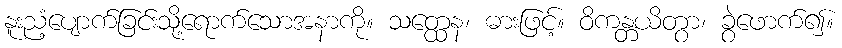
နူးညံ့ပျောက်ခြင်းသို့ရောက်သောအနာကို။ သတ္ထေန၊ ဓားဖြင့်။ ဝိကန္တယိတွာ၊ ခွဲဖောက်၍။